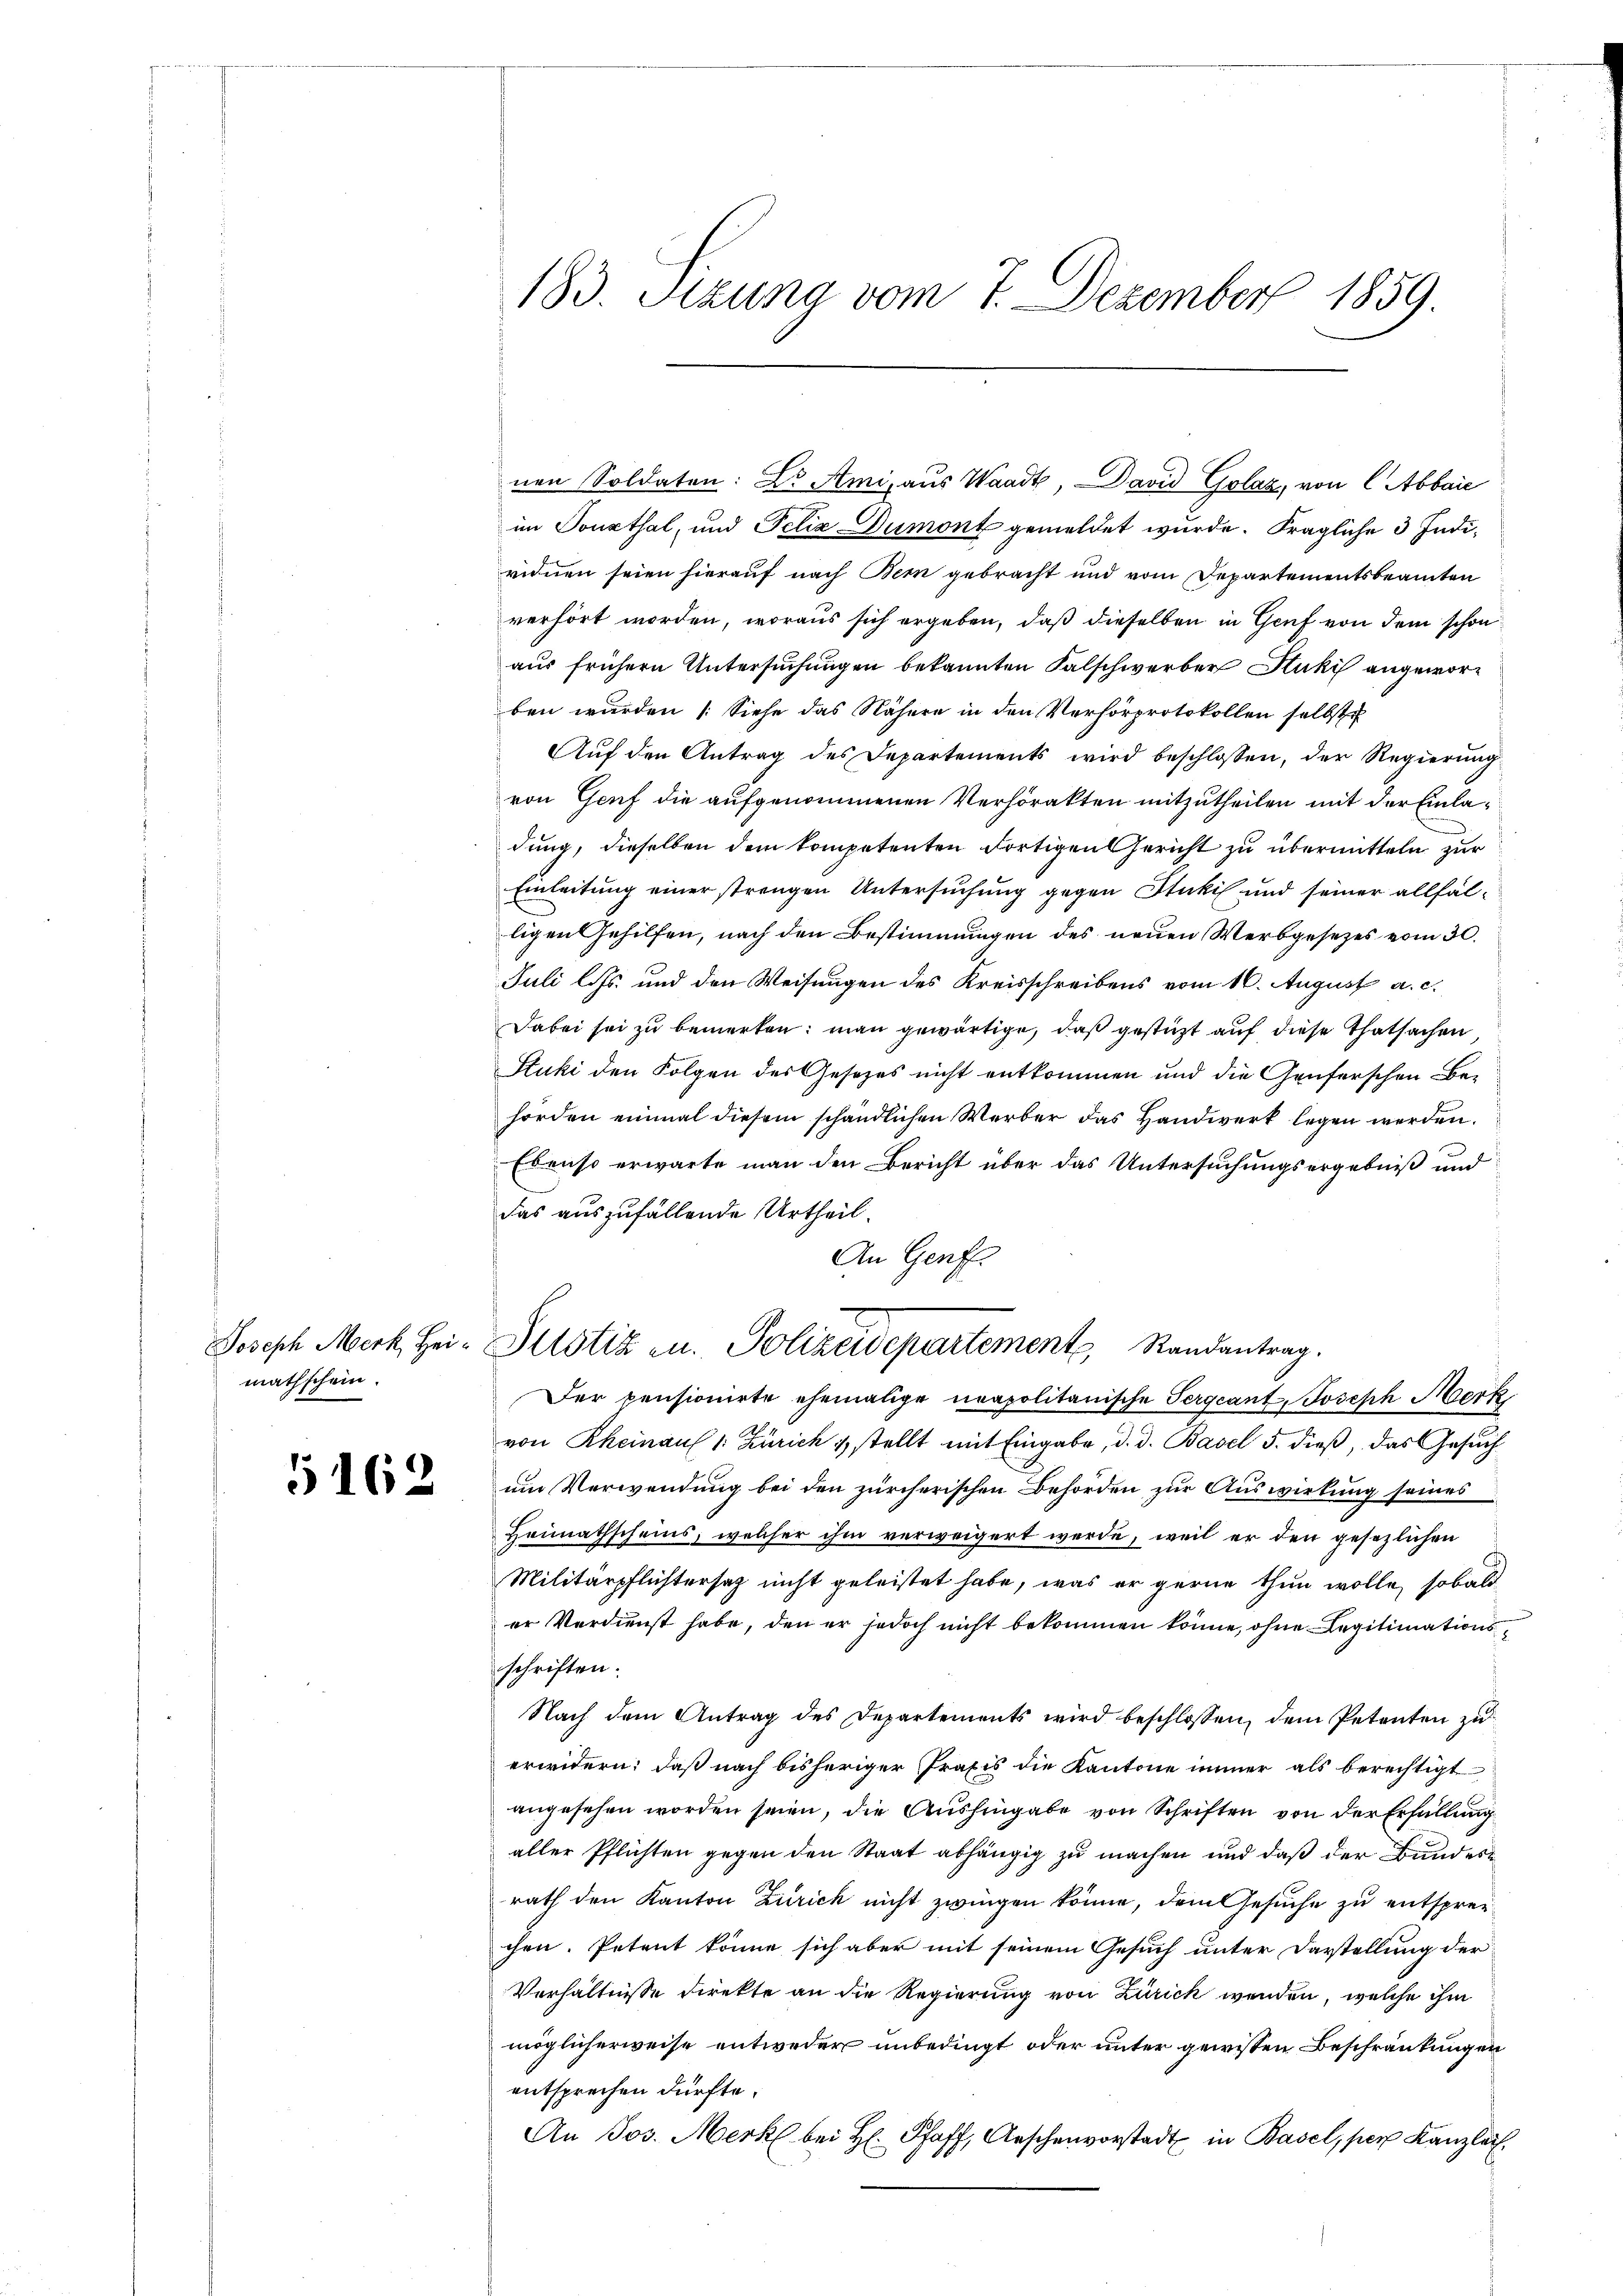
mathschein.

5162

183. Stzung vom 7. Dezember 1859.

im Sonsthal, und Felix Dumont gemeldet wurde. Fragliche 3 Individnen seien hierauf nach Bem gebracht und vom Departementsbeamten
verhört worden, woraus sich ergeben, daß dieselben in Genf von dem schon
aus frühern Untersuchungen bekannten Falschwerber Stucki angeworben wurden (Siehe das Nähere in den Verhörprotokollen selbst
Aŭf den Antrag des Departements wird beschlossen, der Regierŭng
von Genf die aufgenommenen Verhörakten mitzutheilen mit der Einladung, dieselben dem kompetenten Fortigen Gericht zu übermitteln zur
Einleitung einer strengen Untersuchung gegen Stukil und seiner allfälligen Gehilfen, nach den Bestimmungen des neuen Werbgesetzes vom 30.
Juli l. Js. und den Weisungen des Kreisschreibens vom 10. August a. c.
Dabei sei zu bemerken: man gewärtige, daß gestüzt auf diese Thatsachen,
Stuki den Folgen des Gesetzes nicht entkommen und die Genferschen Behörden einmal diesem schändlichen Werber das Handwerk legen werden.
Ebenso erwarte man den Bericht über das Untersuchungsergebniß und
das auszufällende Urtheil.
An Genf.
Joseph Merk, Hei-Pilotiz u. Polizeidepartement, Randantrag.
Der pensionirte ehemalige neapolitanische Pergeant, Joseph Merk
von Rheinauf 1. Zürich & stellt mit Eingabe, d. d. Basel 5. dieβ, das Gesŭch
um Verwendung bei den zürcherischen Behörden zur Auswirkung seines
Heimathscheins, welcher ihm verweigert werde, weil er den gesezlichen
Militärpflichtersah nicht geleistet habe, was er gerne thun wolle, sobald
er Verdienst habe, den er jedoch nicht bekommen könne, ohne Legitimationsschriften.
Nach dem Antrag des Departements wird beschlossen, dem Petenten zu
erwidern; daß nach bisheriger Praxis die Kantone immer als berechtigt
angesehen worden seien, die Aushingabe von Schriften von der Erfüllung
aller Pflichten gegen den Staat abhängig zu machen und daß der Bundesrath den Kanton Zürich nicht zwingen könne, dem Gesuche zu entsprechen. Petent könne sich aber mit seinem Gesuch unter Darstellung der
Verhältnisse direkte an die Regierung von Zürick wenden, welche ihm
möglicherweise entweder unbedingt oder unter gewissen Beschränkungen
entsprechen dürfte.
An Jos. Merk bei H. Pfaff, Aeschenvorstadt in Basel, per Kanzlei.

nen Soldaten: Dr. Ami, aus Waadt, David Golaz, von l Abbaie